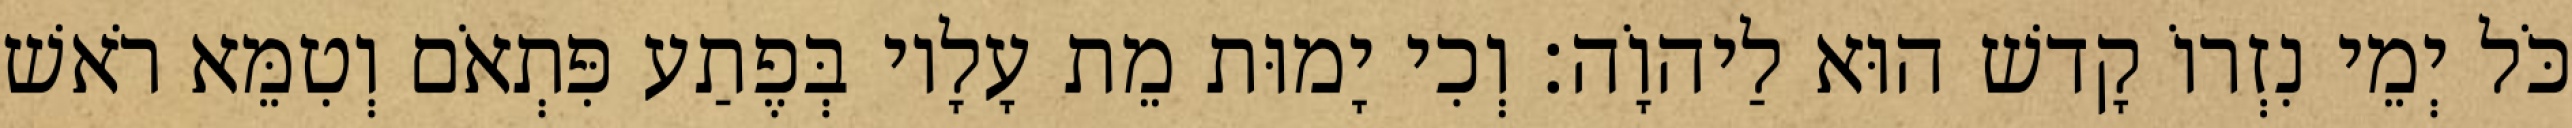
כֹּל יְמֵי נִזְרוֹ קָדשׁ הוּא לַיהוָֹה׃ וְכִי יָמוּת מֵת עָלָיו בְּפֶתַע פִּתְאֹם וְטִמֵּא רֹאשׁ